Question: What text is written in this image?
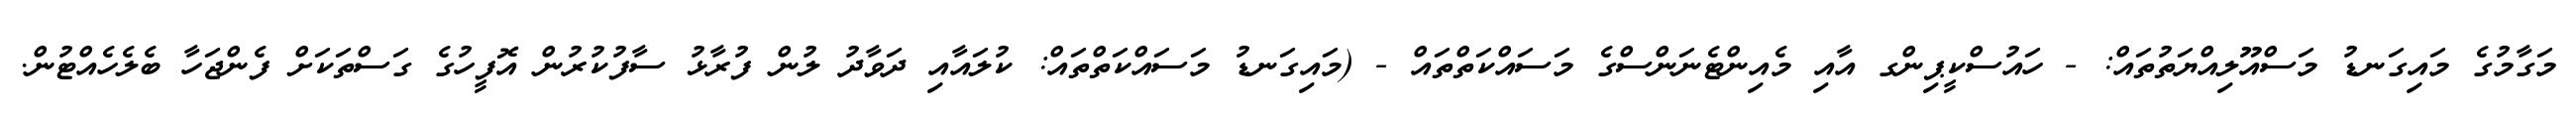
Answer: މަގާމުގެ މައިގަނޑު މަސްއޫލިއްޔަތުތައް: - ހައުސްކީޕިންގ އާއި މެއިންޓެނަންސްގެ މަސައްކަތްތައް - (މައިގަނޑު މަސައްކަތްތައް: ކުލައާއި ދަވާދު ލުން ފުރާޅު ސާފުކުރުން އޮފީހުގެ ގަސްތަކަށް ފެންޖަހާ ބެލެހެއްޓުން.